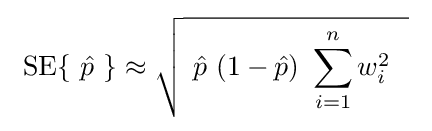
\ \operatorname {SE} \{\ {\hat {p}}\ \}\approx {\sqrt {~{\hat {p}}\ (1-{\hat {p}})\ \sum _{i=1}^{n}w_{i}^{2}~~}}\